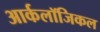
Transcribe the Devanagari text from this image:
आर्कलॉजिकल